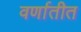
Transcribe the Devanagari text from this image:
वर्णातीत